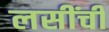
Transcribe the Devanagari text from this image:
लसींची